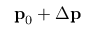
{ \bf p } _ { 0 } + \Delta { \bf p }